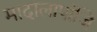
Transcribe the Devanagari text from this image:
मादालापांजि